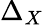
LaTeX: \Delta_{X}